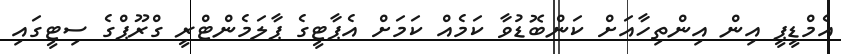
އެމްޑީޕީ އިން އިންތިހާއަށް ކަންބޮޑުވާ ކަމެއް ކަމަށް އެޕާޓީގެ ޕާލަމެންޓްރީ ގްރޫޕްގެ ސިޓީގައި